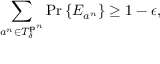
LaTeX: \sum _ { a ^ { n } \in T _ { \delta } ^ { \mathbf { p } ^ { n } } } \operatorname* { P r } \left\{ E _ { a ^ { n } } \right\} \geq 1 - \epsilon ,